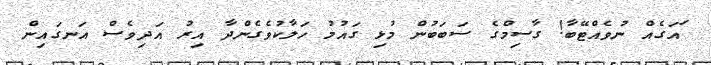
ައަގެއް ނުވެއްޓޭބާ! ގާސިމްގެ ސަބަބުން މުޅި ގައުމު ހަލާކުވެގެންދާ އިރު އަދިވެސް އަނގައިން